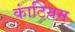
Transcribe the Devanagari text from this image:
कांटियम